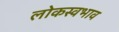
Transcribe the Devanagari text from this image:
लोकस्वभाव